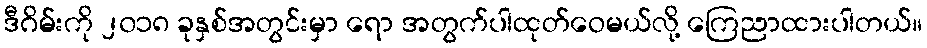
ဒီဂိမ်းကို ၂၀၁၈ ခုနှစ်အတွင်းမှာ ရော အတွက်ပါထုတ်ဝေမယ်လို့ ကြေညာထားပါတယ်။